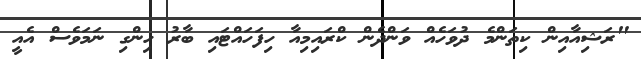
"ރަޝިއާއިން ކިތަންމެ ދުވަހެއް ވަންދެން ކްރައިމިއާ ހިފަހައްޓައި ބާރު ހިންގި ނަމަވެސް އެއީ